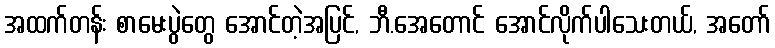
အထက်တန်း စာမေးပွဲတွေ အောင်တဲ့အပြင်, ဘီ.အေတောင် အောင်လိုက်ပါသေးတယ်, အတော်